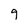
Character: 9